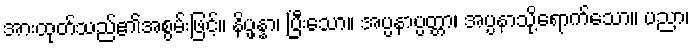
အားထုတ်သည်၏အစွမ်းဖြင့်။ နိပ္ဖန္နာ၊ ပြီးသော။ အပ္ပနာပ္ပတ္တာ၊ အပ္ပနာသို့ရောက်သော။ ပညာ၊